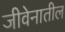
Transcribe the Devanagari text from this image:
जीवेनातील